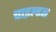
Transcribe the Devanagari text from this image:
चाइल्डस